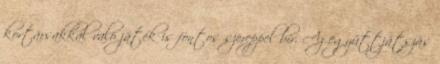
kortársakkal való játék is fontos szereppel bír. Az együttjátszás